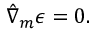
\hat { \nabla } _ { m } \epsilon = 0 .